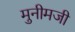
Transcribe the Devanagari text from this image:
मुनीमजी